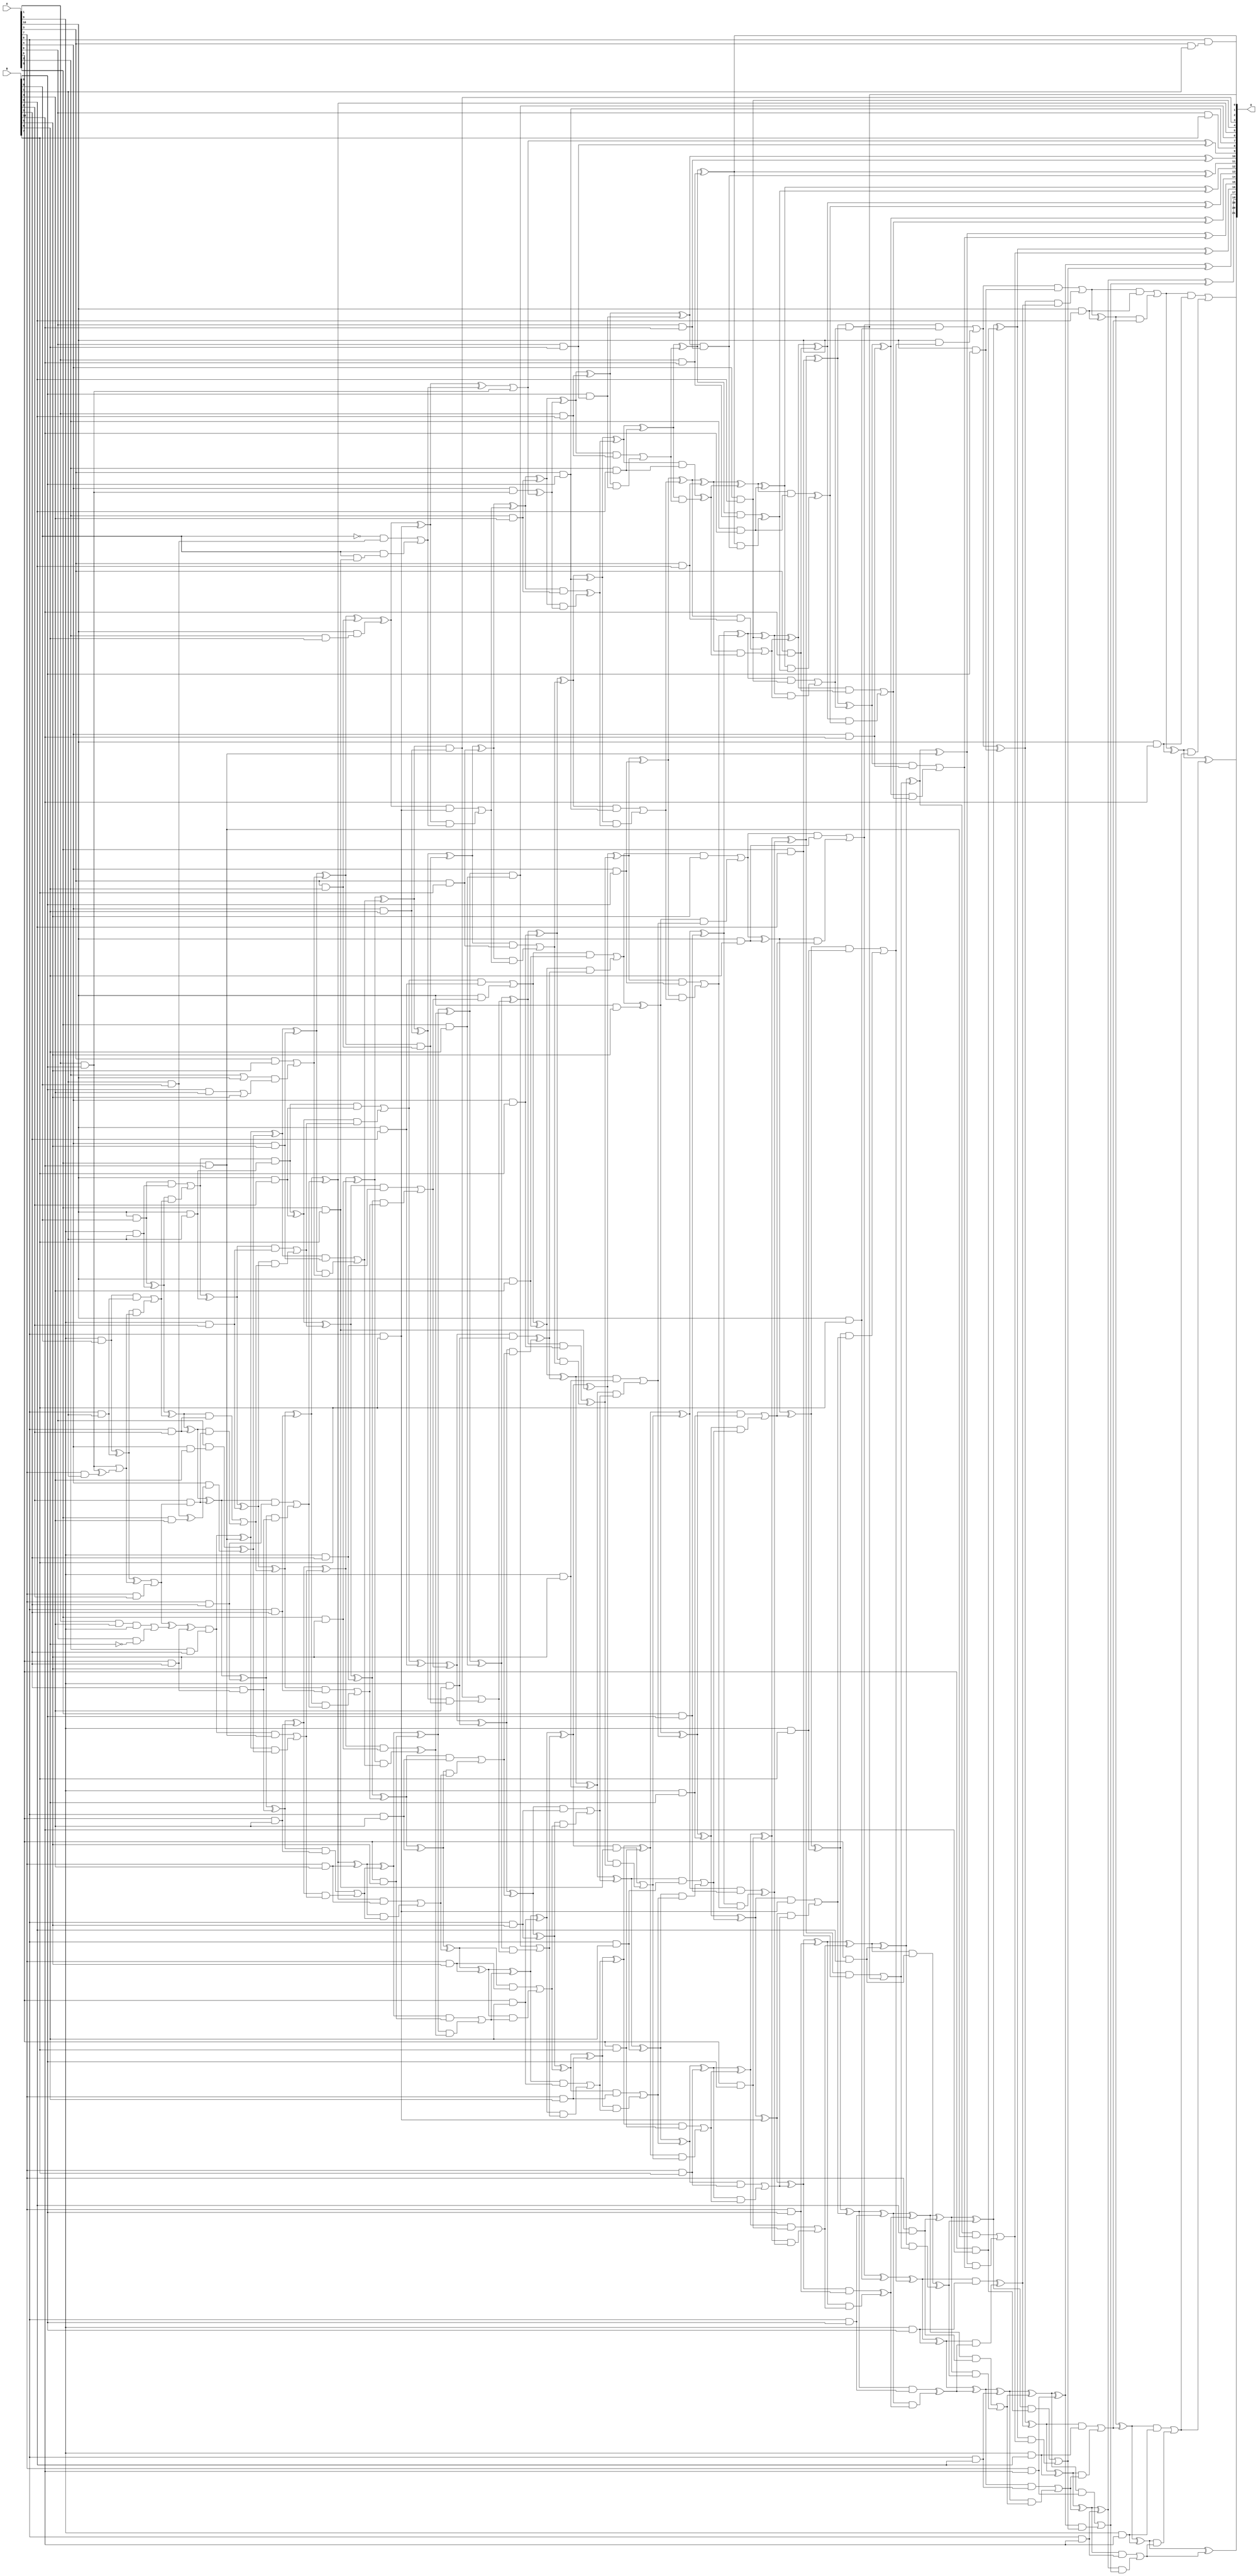
/***
* This code is a part of EvoApproxLib library (ehw.fit.vutbr.cz/approxlib) distributed under The MIT License.
* When used, please cite the following article(s): V. Mrazek, S. S. Sarwar, L. Sekanina, Z. Vasicek and K. Roy, "Design of power-efficient approximate multipliers for approximate artificial neural networks," 2016 IEEE/ACM International Conference on Computer-Aided Design (ICCAD), Austin, TX, 2016, pp. 1-7. doi: 10.1145/2966986.2967021 
* This file contains a circuit from a sub-set of pareto optimal circuits with respect to the pwr and wce parameters
***/
// MAE% = 0.019 %
// MAE = 817 
// WCE% = 0.094 %
// WCE = 3953 
// WCRE% = 3740.00 %
// EP% = 99.75 %
// MRE% = 0.84 %
// MSE = 10235.081e2 
// PDK45_PWR = 0.728 mW
// PDK45_AREA = 1081.7 um2
// PDK45_DELAY = 2.38 ns


module mul11u_003(A, B, O);
  input [10:0] A, B;
  output [21:0] O;
  wire [10:0] A, B;
  wire [21:0] O;
  wire sig_28, sig_30, sig_31, sig_32, sig_38, sig_40;
  wire sig_41, sig_42, sig_43, sig_76, sig_77, sig_78;
  wire sig_79, sig_80, sig_81, sig_82, sig_83, sig_84;
  wire sig_85, sig_86, sig_87, sig_88, sig_89, sig_90;
  wire sig_91, sig_92, sig_100, sig_101, sig_102, sig_103;
  wire sig_130, sig_132, sig_133, sig_135, sig_136, sig_138;
  wire sig_139, sig_140, sig_141, sig_142, sig_143, sig_144;
  wire sig_145, sig_146, sig_147, sig_148, sig_149, sig_150;
  wire sig_151, sig_152, sig_153, sig_154, sig_155, sig_162;
  wire sig_163, sig_164, sig_165, sig_166, sig_193, sig_194;
  wire sig_195, sig_197, sig_198, sig_199, sig_200, sig_201;
  wire sig_202, sig_203, sig_204, sig_205, sig_206, sig_208;
  wire sig_209, sig_210, sig_211, sig_212, sig_213, sig_214;
  wire sig_215, sig_216, sig_217, sig_218, sig_223, sig_224;
  wire sig_225, sig_226, sig_227, sig_228, sig_229, sig_238;
  wire sig_241, sig_243, sig_244, sig_246, sig_248, sig_249;
  wire sig_251, sig_252, sig_253, sig_254, sig_255, sig_256;
  wire sig_257, sig_258, sig_259, sig_260, sig_261, sig_262;
  wire sig_263, sig_264, sig_265, sig_266, sig_267, sig_268;
  wire sig_269, sig_270, sig_271, sig_272, sig_273, sig_274;
  wire sig_275, sig_276, sig_277, sig_278, sig_279, sig_280;
  wire sig_281, sig_286, sig_287, sig_288, sig_289, sig_290;
  wire sig_291, sig_292, sig_301, sig_304, sig_305, sig_306;
  wire sig_307, sig_309, sig_310, sig_311, sig_312, sig_313;
  wire sig_314, sig_315, sig_316, sig_317, sig_318, sig_319;
  wire sig_320, sig_321, sig_322, sig_323, sig_324, sig_325;
  wire sig_326, sig_327, sig_328, sig_329, sig_330, sig_331;
  wire sig_332, sig_333, sig_334, sig_335, sig_336, sig_337;
  wire sig_338, sig_339, sig_340, sig_341, sig_342, sig_343;
  wire sig_344, sig_347, sig_348, sig_349, sig_350, sig_351;
  wire sig_352, sig_353, sig_354, sig_355, sig_364, sig_366;
  wire sig_367, sig_368, sig_369, sig_371, sig_372, sig_373;
  wire sig_375, sig_376, sig_377, sig_378, sig_380, sig_381;
  wire sig_382, sig_383, sig_384, sig_385, sig_386, sig_387;
  wire sig_388, sig_389, sig_390, sig_391, sig_392, sig_393;
  wire sig_394, sig_395, sig_396, sig_397, sig_398, sig_399;
  wire sig_400, sig_401, sig_402, sig_403, sig_404, sig_405;
  wire sig_406, sig_407, sig_408, sig_409, sig_410, sig_411;
  wire sig_412, sig_413, sig_414, sig_415, sig_416, sig_417;
  wire sig_418, sig_420, sig_422, sig_423, sig_425, sig_426;
  wire sig_427, sig_428, sig_429, sig_430, sig_431, sig_432;
  wire sig_433, sig_434, sig_435, sig_436, sig_437, sig_438;
  wire sig_439, sig_440, sig_441, sig_442, sig_443, sig_444;
  wire sig_445, sig_446, sig_447, sig_448, sig_449, sig_450;
  wire sig_451, sig_452, sig_453, sig_454, sig_455, sig_456;
  wire sig_457, sig_458, sig_459, sig_460, sig_461, sig_462;
  wire sig_463, sig_464, sig_465, sig_466, sig_467, sig_468;
  wire sig_469, sig_470, sig_472, sig_473, sig_475, sig_476;
  wire sig_477, sig_478, sig_479, sig_480, sig_481, sig_484;
  wire sig_485, sig_486, sig_487, sig_488, sig_489, sig_490;
  wire sig_491, sig_492, sig_493, sig_494, sig_495, sig_496;
  wire sig_497, sig_498, sig_499, sig_500, sig_501, sig_502;
  wire sig_503, sig_504, sig_505, sig_506, sig_507, sig_508;
  wire sig_509, sig_510, sig_511, sig_512, sig_513, sig_514;
  wire sig_515, sig_516, sig_517, sig_518, sig_519, sig_520;
  wire sig_521, sig_522, sig_523, sig_524, sig_525, sig_526;
  wire sig_527, sig_528, sig_529, sig_530, sig_531, sig_532;
  wire sig_533, sig_534, sig_535, sig_536, sig_537, sig_538;
  wire sig_539, sig_540, sig_541, sig_542, sig_543, sig_544;
  wire sig_546, sig_547, sig_548, sig_549, sig_550, sig_551;
  wire sig_552, sig_553, sig_554, sig_555, sig_556, sig_557;
  wire sig_558, sig_559, sig_560, sig_561, sig_562, sig_563;
  wire sig_564, sig_565, sig_566, sig_567, sig_568, sig_570;
  wire sig_571, sig_572, sig_573, sig_574, sig_575, sig_576;
  wire sig_577, sig_578, sig_579, sig_580, sig_581, sig_582;
  wire sig_583, sig_584, sig_585, sig_586, sig_587, sig_588;
  wire sig_589, sig_590, sig_591, sig_592, sig_593, sig_594;
  wire sig_595, sig_596, sig_597, sig_598, sig_599, sig_600;
  wire sig_601, sig_602, sig_603, sig_604, sig_605, sig_606;
  wire sig_607, sig_609, sig_611, sig_612, sig_614, sig_615;
  wire sig_616, sig_617, sig_619, sig_620, sig_621, sig_622;
  wire sig_624, sig_625, sig_626, sig_627, sig_629, sig_630;
  wire sig_631, sig_632, sig_634, sig_635, sig_636, sig_637;
  wire sig_639, sig_640, sig_641, sig_642, sig_644, sig_645;
  wire sig_646, sig_647, sig_649, sig_650, sig_651, sig_652;
  wire sig_654, sig_655, sig_656, sig_657;
  assign sig_28 = A[8] & A[8];
  assign sig_30 = A[1] & B[8];
  assign sig_31 = A[9] & B[0];
  assign sig_32 = A[10] & B[0];
  assign sig_38 = A[3] & B[1];
  assign sig_40 = A[7] & B[1];
  assign sig_41 = A[8] & B[1];
  assign sig_42 = A[9] & B[1];
  assign sig_43 = A[10] & B[1];
  assign O[2] = sig_28 & sig_38;
  assign sig_76 = sig_30 ^ sig_40;
  assign sig_77 = sig_30;
  assign sig_78 = sig_76;
  assign sig_79 = A[1] & B[4];
  assign sig_80 = sig_77 | sig_78;
  assign sig_81 = sig_31 ^ sig_41;
  assign sig_82 = sig_31 & sig_41;
  assign sig_83 = sig_81 & sig_80;
  assign sig_84 = sig_81 ^ sig_80;
  assign sig_85 = sig_82 | sig_83;
  assign sig_86 = sig_32 ^ sig_42;
  assign sig_87 = sig_32 & sig_42;
  assign sig_88 = sig_86 & sig_85;
  assign sig_89 = sig_86 ^ sig_85;
  assign sig_90 = sig_87 | sig_88;
  assign sig_91 = sig_90 ^ sig_43;
  assign sig_92 = sig_90 & sig_43;
  assign O[4] = A[4] & B[9];
  assign sig_100 = A[7] & B[2];
  assign sig_101 = A[8] & B[2];
  assign sig_102 = A[9] & B[2];
  assign sig_103 = A[10] & B[2];
  assign sig_130 = !B[6];
  assign sig_132 = sig_79 & A[9];
  assign sig_133 = A[0] & sig_130;
  assign sig_135 = sig_132 | sig_133;
  assign sig_136 = sig_84 | sig_100;
  assign sig_138 = sig_136;
  assign sig_139 = sig_136 ^ sig_135;
  assign sig_140 = B[2] & sig_138;
  assign sig_141 = sig_89 ^ sig_101;
  assign sig_142 = sig_89 & sig_101;
  assign sig_143 = sig_141 & sig_140;
  assign sig_144 = sig_141 ^ sig_140;
  assign sig_145 = sig_142 | sig_143;
  assign sig_146 = sig_91 ^ sig_102;
  assign sig_147 = sig_91 & sig_102;
  assign sig_148 = sig_146 & sig_145;
  assign sig_149 = sig_146 ^ sig_145;
  assign sig_150 = sig_147 | sig_148;
  assign sig_151 = sig_92 ^ sig_103;
  assign sig_152 = sig_92 & sig_103;
  assign sig_153 = sig_151 & sig_150;
  assign sig_154 = sig_151 ^ sig_150;
  assign sig_155 = sig_152 | sig_153;
  assign sig_162 = A[6] & B[3];
  assign sig_163 = A[7] & B[3];
  assign sig_164 = A[8] & B[3];
  assign sig_165 = A[9] & B[3];
  assign sig_166 = A[10] & B[3];
  assign sig_193 = A[2] & B[3];
  assign sig_194 = sig_139 ^ sig_162;
  assign sig_195 = B[3] & sig_162;
  assign sig_197 = sig_194 & sig_193;
  assign sig_198 = sig_195;
  assign sig_199 = sig_144 ^ sig_163;
  assign sig_200 = sig_144 & sig_163;
  assign sig_201 = sig_199 & sig_198;
  assign sig_202 = sig_199 ^ sig_198;
  assign sig_203 = sig_200 | sig_201;
  assign sig_204 = sig_149 ^ sig_164;
  assign sig_205 = sig_149 & sig_164;
  assign sig_206 = sig_204 & sig_203;
  assign O[5] = sig_204 ^ sig_203;
  assign sig_208 = sig_205 | sig_206;
  assign sig_209 = sig_154 ^ sig_165;
  assign sig_210 = sig_154 & sig_165;
  assign sig_211 = sig_209 & sig_208;
  assign sig_212 = sig_209 ^ sig_208;
  assign sig_213 = sig_210 | sig_211;
  assign sig_214 = sig_155 ^ sig_166;
  assign sig_215 = sig_155 & sig_166;
  assign sig_216 = A[10] & sig_213;
  assign sig_217 = sig_214 ^ sig_213;
  assign sig_218 = sig_215 | sig_216;
  assign sig_223 = A[4] & B[4];
  assign sig_224 = A[5] & B[10];
  assign sig_225 = A[6] & B[4];
  assign sig_226 = A[7] & B[4];
  assign sig_227 = A[8] & B[4];
  assign sig_228 = A[9] & B[4];
  assign sig_229 = A[10] & B[4];
  assign sig_238 = B[4] & B[4];
  assign sig_241 = sig_238;
  assign sig_243 = B[1] & B[0];
  assign sig_244 = A[5] & sig_241;
  assign sig_246 = sig_243 ^ sig_244;
  assign sig_248 = A[0] & sig_223;
  assign sig_249 = A[4] & sig_246;
  assign sig_251 = sig_248 ^ sig_249;
  assign sig_252 = sig_197 ^ sig_224;
  assign sig_253 = sig_197 & sig_224;
  assign sig_254 = sig_252 & sig_251;
  assign sig_255 = sig_252 ^ sig_251;
  assign sig_256 = sig_253 | sig_254;
  assign sig_257 = sig_202 ^ sig_225;
  assign sig_258 = sig_202 & sig_225;
  assign sig_259 = sig_257 & sig_256;
  assign sig_260 = sig_257 ^ sig_256;
  assign sig_261 = sig_258 | sig_259;
  assign sig_262 = O[5] ^ sig_226;
  assign sig_263 = O[5] & sig_226;
  assign sig_264 = sig_262 & sig_261;
  assign sig_265 = sig_262 ^ sig_261;
  assign sig_266 = sig_263 | sig_264;
  assign sig_267 = sig_212 ^ sig_227;
  assign sig_268 = sig_212 & sig_227;
  assign sig_269 = sig_267 & sig_266;
  assign sig_270 = sig_267 ^ sig_266;
  assign sig_271 = sig_268 | sig_269;
  assign sig_272 = sig_217 ^ sig_228;
  assign sig_273 = sig_217 & sig_228;
  assign sig_274 = sig_272 & sig_271;
  assign sig_275 = sig_272 ^ sig_271;
  assign sig_276 = sig_273 ^ sig_274;
  assign sig_277 = sig_218 ^ sig_229;
  assign sig_278 = sig_218 & sig_229;
  assign sig_279 = sig_277 & sig_276;
  assign sig_280 = sig_277 ^ sig_276;
  assign sig_281 = sig_278 | sig_279;
  assign sig_286 = A[4] & B[5];
  assign sig_287 = A[5] & B[5];
  assign sig_288 = A[6] & B[5];
  assign sig_289 = A[7] & B[5];
  assign sig_290 = A[8] & B[5];
  assign sig_291 = A[9] & B[5];
  assign sig_292 = A[10] & B[5];
  assign sig_301 = B[8] & B[4];
  assign sig_304 = sig_301 | B[5];
  assign sig_305 = A[2] | A[10];
  assign sig_306 = A[3] & B[5];
  assign sig_307 = sig_305 & sig_304;
  assign sig_309 = sig_306 | sig_307;
  assign sig_310 = sig_255 ^ sig_286;
  assign sig_311 = sig_255 & sig_286;
  assign sig_312 = sig_310 & sig_309;
  assign sig_313 = sig_310 ^ sig_309;
  assign sig_314 = sig_311 | sig_312;
  assign sig_315 = sig_260 ^ sig_287;
  assign sig_316 = sig_260 & sig_287;
  assign sig_317 = sig_315 & sig_314;
  assign sig_318 = sig_315 ^ sig_314;
  assign sig_319 = sig_316 ^ sig_317;
  assign sig_320 = sig_265 ^ sig_288;
  assign sig_321 = sig_265 & sig_288;
  assign sig_322 = sig_320 & sig_319;
  assign sig_323 = sig_320 ^ sig_319;
  assign sig_324 = sig_321 | sig_322;
  assign sig_325 = sig_270 ^ sig_289;
  assign sig_326 = sig_270 & sig_289;
  assign sig_327 = sig_325 & sig_324;
  assign sig_328 = sig_325 ^ sig_324;
  assign sig_329 = sig_326 | sig_327;
  assign sig_330 = sig_275 ^ sig_290;
  assign sig_331 = sig_275 & sig_290;
  assign sig_332 = sig_330 & sig_329;
  assign sig_333 = sig_330 ^ sig_329;
  assign sig_334 = sig_331 | sig_332;
  assign sig_335 = sig_280 ^ sig_291;
  assign sig_336 = sig_280 & sig_291;
  assign sig_337 = sig_335 & sig_334;
  assign sig_338 = sig_335 ^ sig_334;
  assign sig_339 = sig_336 | sig_337;
  assign sig_340 = sig_281 ^ sig_292;
  assign sig_341 = sig_281 & B[5];
  assign sig_342 = sig_340 & sig_339;
  assign sig_343 = sig_340 ^ sig_339;
  assign sig_344 = sig_341 | sig_342;
  assign sig_347 = A[2] & B[6];
  assign sig_348 = A[3] & B[6];
  assign sig_349 = A[4] & B[6];
  assign sig_350 = A[5] & B[6];
  assign sig_351 = A[6] & B[6];
  assign sig_352 = A[7] & B[6];
  assign sig_353 = A[8] & B[6];
  assign sig_354 = A[9] & B[6];
  assign sig_355 = A[10] & B[6];
  assign sig_364 = A[10] & sig_347;
  assign sig_366 = !(B[0] & B[0]);
  assign sig_367 = sig_364;
  assign sig_368 = sig_313 ^ sig_348;
  assign sig_369 = sig_313 & sig_348;
  assign sig_371 = sig_368 ^ sig_367;
  assign sig_372 = sig_369;
  assign sig_373 = sig_318 ^ sig_349;
  assign O[3] = sig_318 & sig_349;
  assign sig_375 = sig_373 & sig_372;
  assign sig_376 = sig_373 ^ sig_372;
  assign sig_377 = O[3] | sig_375;
  assign sig_378 = sig_323 ^ sig_350;
  assign O[6] = sig_323 & sig_350;
  assign sig_380 = sig_378 & sig_377;
  assign sig_381 = sig_378 ^ sig_377;
  assign sig_382 = O[6] | sig_380;
  assign sig_383 = sig_328 ^ sig_351;
  assign sig_384 = sig_328 & sig_351;
  assign sig_385 = sig_383 & sig_382;
  assign sig_386 = sig_383 ^ sig_382;
  assign sig_387 = sig_384 | sig_385;
  assign sig_388 = sig_333 ^ sig_352;
  assign sig_389 = sig_333 & sig_352;
  assign sig_390 = sig_388 & sig_387;
  assign sig_391 = sig_388 ^ sig_387;
  assign sig_392 = sig_389 | sig_390;
  assign sig_393 = sig_338 ^ sig_353;
  assign sig_394 = sig_338 & sig_353;
  assign sig_395 = sig_393 & sig_392;
  assign sig_396 = sig_393 ^ sig_392;
  assign sig_397 = sig_394 | sig_395;
  assign sig_398 = sig_343 ^ sig_354;
  assign sig_399 = sig_343 & sig_354;
  assign sig_400 = sig_398 & sig_397;
  assign sig_401 = sig_398 ^ sig_397;
  assign sig_402 = sig_399 | sig_400;
  assign sig_403 = sig_344 ^ sig_355;
  assign sig_404 = sig_344 & sig_355;
  assign sig_405 = sig_403 & sig_402;
  assign sig_406 = sig_403 ^ sig_402;
  assign sig_407 = sig_404 | sig_405;
  assign sig_408 = A[5] & B[7];
  assign sig_409 = B[1] & B[0];
  assign sig_410 = A[8] & B[7];
  assign sig_411 = A[3] & B[7];
  assign sig_412 = A[4] & B[7];
  assign sig_413 = A[5] & B[7];
  assign sig_414 = A[6] & B[7];
  assign sig_415 = A[7] & B[7];
  assign sig_416 = A[8] & B[7];
  assign sig_417 = A[9] & B[7];
  assign sig_418 = A[10] & B[7];
  assign sig_420 = B[0] & sig_408;
  assign sig_422 = sig_366 & sig_409;
  assign sig_423 = B[0] & sig_420;
  assign sig_425 = sig_422 | sig_423;
  assign sig_426 = sig_371 ^ sig_410;
  assign sig_427 = sig_371 & sig_410;
  assign sig_428 = sig_426 & sig_425;
  assign sig_429 = sig_426 ^ sig_425;
  assign sig_430 = sig_427 | sig_428;
  assign sig_431 = sig_376 ^ sig_411;
  assign sig_432 = sig_376 & sig_411;
  assign sig_433 = sig_431 & sig_430;
  assign sig_434 = sig_431 ^ sig_430;
  assign sig_435 = sig_432 | sig_433;
  assign sig_436 = sig_381 ^ sig_412;
  assign sig_437 = sig_381 & sig_412;
  assign sig_438 = sig_436 & sig_435;
  assign sig_439 = sig_436 ^ sig_435;
  assign sig_440 = sig_437 ^ sig_438;
  assign sig_441 = sig_386 ^ sig_413;
  assign sig_442 = sig_386 & sig_413;
  assign sig_443 = sig_441 & sig_440;
  assign sig_444 = sig_441 ^ sig_440;
  assign sig_445 = sig_442 | sig_443;
  assign sig_446 = sig_391 ^ sig_414;
  assign sig_447 = sig_391 & sig_414;
  assign sig_448 = sig_446 & sig_445;
  assign sig_449 = sig_446 ^ sig_445;
  assign sig_450 = sig_447 | sig_448;
  assign sig_451 = sig_396 ^ sig_415;
  assign sig_452 = sig_396 & sig_415;
  assign sig_453 = sig_451 & sig_450;
  assign sig_454 = sig_451 ^ sig_450;
  assign sig_455 = sig_452 | sig_453;
  assign sig_456 = sig_401 ^ sig_416;
  assign sig_457 = sig_401 & sig_416;
  assign sig_458 = sig_456 & sig_455;
  assign sig_459 = sig_456 ^ sig_455;
  assign sig_460 = sig_457 | sig_458;
  assign sig_461 = sig_406 ^ sig_417;
  assign sig_462 = sig_406 & sig_417;
  assign sig_463 = sig_461 & sig_460;
  assign sig_464 = sig_461 ^ sig_460;
  assign sig_465 = sig_462 | sig_463;
  assign sig_466 = sig_407 ^ sig_418;
  assign sig_467 = sig_407 & sig_418;
  assign sig_468 = A[10] & sig_465;
  assign sig_469 = sig_466 ^ sig_465;
  assign sig_470 = sig_467 | sig_468;
  assign sig_472 = A[1] & B[8];
  assign sig_473 = A[2] & B[4];
  assign O[7] = A[3] & B[8];
  assign sig_475 = A[4] & B[8];
  assign sig_476 = A[5] & B[8];
  assign sig_477 = A[6] & B[8];
  assign sig_478 = A[7] & B[8];
  assign sig_479 = A[8] & B[8];
  assign sig_480 = A[9] & B[8];
  assign sig_481 = A[10] & B[8];
  assign O[8] = A[0] & B[7];
  assign sig_484 = sig_429 | sig_472;
  assign sig_485 = A[4] & sig_472;
  assign sig_486 = sig_484;
  assign sig_487 = sig_484;
  assign sig_488 = sig_485 ^ sig_486;
  assign sig_489 = sig_434 ^ sig_473;
  assign sig_490 = sig_434 & sig_473;
  assign sig_491 = sig_489 & sig_488;
  assign sig_492 = sig_489 ^ sig_488;
  assign sig_493 = sig_490 ^ sig_491;
  assign sig_494 = sig_439 ^ O[7];
  assign sig_495 = sig_439 & O[7];
  assign sig_496 = sig_494 & sig_493;
  assign sig_497 = sig_494 ^ sig_493;
  assign sig_498 = sig_495 | sig_496;
  assign sig_499 = sig_444 ^ sig_475;
  assign sig_500 = sig_444 & sig_475;
  assign sig_501 = sig_499 & sig_498;
  assign sig_502 = sig_499 ^ sig_498;
  assign sig_503 = sig_500 | sig_501;
  assign sig_504 = sig_449 ^ sig_476;
  assign sig_505 = sig_449 & sig_476;
  assign sig_506 = sig_504 & sig_503;
  assign sig_507 = sig_504 ^ sig_503;
  assign sig_508 = sig_505 ^ sig_506;
  assign sig_509 = sig_454 ^ sig_477;
  assign sig_510 = sig_454 & sig_477;
  assign sig_511 = sig_509 & sig_508;
  assign sig_512 = sig_509 ^ sig_508;
  assign sig_513 = sig_510 | sig_511;
  assign sig_514 = sig_459 ^ sig_478;
  assign sig_515 = sig_459 & sig_478;
  assign sig_516 = sig_514 & sig_513;
  assign sig_517 = sig_514 ^ sig_513;
  assign sig_518 = sig_515 ^ sig_516;
  assign sig_519 = sig_464 ^ sig_479;
  assign sig_520 = sig_464 & sig_479;
  assign sig_521 = sig_519 & sig_518;
  assign sig_522 = sig_519 ^ sig_518;
  assign sig_523 = sig_520 ^ sig_521;
  assign sig_524 = sig_469 ^ sig_480;
  assign sig_525 = sig_469 & sig_480;
  assign sig_526 = sig_524 & sig_523;
  assign sig_527 = sig_524 ^ sig_523;
  assign sig_528 = sig_525 ^ sig_526;
  assign sig_529 = sig_470 ^ sig_481;
  assign sig_530 = sig_470 & sig_481;
  assign sig_531 = sig_529 & sig_528;
  assign sig_532 = sig_529 ^ sig_528;
  assign sig_533 = sig_530 | sig_531;
  assign sig_534 = A[0] & B[6];
  assign sig_535 = A[1] & B[9];
  assign sig_536 = A[2] & B[9];
  assign sig_537 = A[3] & B[9];
  assign sig_538 = A[4] & B[9];
  assign sig_539 = A[5] & B[9];
  assign sig_540 = A[6] & B[9];
  assign sig_541 = A[7] & B[9];
  assign sig_542 = A[8] & B[9];
  assign sig_543 = A[9] & B[9];
  assign sig_544 = A[10] & B[9];
  assign O[9] = sig_487 ^ sig_534;
  assign sig_546 = B[8] & sig_534;
  assign sig_547 = sig_492 ^ sig_535;
  assign sig_548 = sig_492 & sig_535;
  assign sig_549 = sig_547 & sig_546;
  assign sig_550 = sig_547 ^ sig_546;
  assign sig_551 = sig_548 | sig_549;
  assign sig_552 = sig_497 ^ sig_536;
  assign sig_553 = sig_497 & sig_536;
  assign sig_554 = sig_552 & sig_551;
  assign sig_555 = sig_552 ^ sig_551;
  assign sig_556 = sig_553 ^ sig_554;
  assign sig_557 = sig_502 ^ sig_537;
  assign sig_558 = sig_502 & sig_537;
  assign sig_559 = sig_557 & sig_556;
  assign sig_560 = sig_557 ^ sig_556;
  assign sig_561 = sig_558 | sig_559;
  assign sig_562 = sig_507 ^ sig_538;
  assign sig_563 = sig_507 & sig_538;
  assign sig_564 = sig_562 & sig_561;
  assign sig_565 = sig_562 ^ sig_561;
  assign sig_566 = sig_563 | sig_564;
  assign sig_567 = sig_512 ^ sig_539;
  assign sig_568 = sig_512 & sig_539;
  assign O[0] = sig_567 & sig_566;
  assign sig_570 = sig_567 ^ sig_566;
  assign sig_571 = sig_568 | O[0];
  assign sig_572 = sig_517 ^ sig_540;
  assign sig_573 = sig_517 & sig_540;
  assign sig_574 = sig_572 & sig_571;
  assign sig_575 = sig_572 ^ sig_571;
  assign sig_576 = sig_573 ^ sig_574;
  assign sig_577 = sig_522 ^ sig_541;
  assign sig_578 = sig_522 & sig_541;
  assign sig_579 = sig_577 & sig_576;
  assign sig_580 = sig_577 ^ sig_576;
  assign sig_581 = sig_578 | sig_579;
  assign sig_582 = sig_527 ^ sig_542;
  assign sig_583 = sig_527 & sig_542;
  assign sig_584 = sig_582 & sig_581;
  assign sig_585 = sig_582 ^ sig_581;
  assign sig_586 = sig_583 | sig_584;
  assign sig_587 = sig_532 ^ sig_543;
  assign sig_588 = sig_532 & sig_543;
  assign sig_589 = sig_587 & sig_586;
  assign sig_590 = sig_587 ^ sig_586;
  assign sig_591 = sig_588 | sig_589;
  assign sig_592 = sig_533 ^ sig_544;
  assign sig_593 = sig_533 & sig_544;
  assign sig_594 = sig_592 & sig_591;
  assign sig_595 = sig_592 ^ sig_591;
  assign sig_596 = sig_593 | sig_594;
  assign sig_597 = A[0] & B[10];
  assign sig_598 = A[1] & B[10];
  assign sig_599 = A[2] & B[10];
  assign sig_600 = A[3] & B[10];
  assign sig_601 = A[4] & B[10];
  assign sig_602 = A[5] & B[10];
  assign sig_603 = A[6] & B[10];
  assign sig_604 = A[7] & B[10];
  assign sig_605 = A[8] & B[10];
  assign sig_606 = A[9] & B[10];
  assign sig_607 = A[10] & B[10];
  assign O[10] = sig_550 ^ sig_597;
  assign sig_609 = sig_550 & sig_597;
  assign O[1] = sig_555 ^ sig_598;
  assign sig_611 = sig_555 & sig_598;
  assign sig_612 = O[1] & sig_609;
  assign O[11] = O[1] ^ sig_609;
  assign sig_614 = sig_611 ^ sig_612;
  assign sig_615 = sig_560 ^ sig_599;
  assign sig_616 = sig_560 & sig_599;
  assign sig_617 = sig_615 & sig_614;
  assign O[12] = sig_615 ^ sig_614;
  assign sig_619 = sig_616 ^ sig_617;
  assign sig_620 = sig_565 ^ sig_600;
  assign sig_621 = sig_565 & sig_600;
  assign sig_622 = sig_620 & sig_619;
  assign O[13] = sig_620 ^ sig_619;
  assign sig_624 = sig_621 | sig_622;
  assign sig_625 = sig_570 ^ sig_601;
  assign sig_626 = sig_570 & sig_601;
  assign sig_627 = sig_625 & sig_624;
  assign O[14] = sig_625 ^ sig_624;
  assign sig_629 = sig_626 | sig_627;
  assign sig_630 = sig_575 ^ sig_602;
  assign sig_631 = sig_575 & sig_602;
  assign sig_632 = sig_630 & sig_629;
  assign O[15] = sig_630 ^ sig_629;
  assign sig_634 = sig_631 | sig_632;
  assign sig_635 = sig_580 ^ sig_603;
  assign sig_636 = sig_580 & sig_603;
  assign sig_637 = sig_635 & sig_634;
  assign O[16] = sig_635 ^ sig_634;
  assign sig_639 = sig_636 | sig_637;
  assign sig_640 = sig_585 ^ sig_604;
  assign sig_641 = sig_585 & sig_604;
  assign sig_642 = sig_640 & sig_639;
  assign O[17] = sig_640 ^ sig_639;
  assign sig_644 = sig_641 | sig_642;
  assign sig_645 = sig_590 ^ sig_605;
  assign sig_646 = sig_590 & sig_605;
  assign sig_647 = sig_645 & sig_644;
  assign O[18] = sig_645 ^ sig_644;
  assign sig_649 = sig_646 | sig_647;
  assign sig_650 = sig_595 ^ sig_606;
  assign sig_651 = sig_595 & sig_606;
  assign sig_652 = sig_650 & sig_649;
  assign O[19] = sig_650 ^ sig_649;
  assign sig_654 = sig_651 | sig_652;
  assign sig_655 = sig_596 ^ sig_607;
  assign sig_656 = sig_596 & sig_607;
  assign sig_657 = sig_655 & sig_654;
  assign O[20] = sig_655 ^ sig_654;
  assign O[21] = sig_656 | sig_657;
endmodule